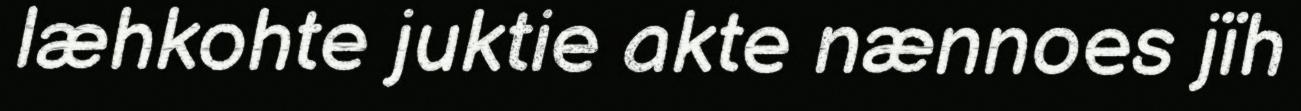
læhkohte juktie akte nænnoes jïh